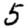
Digit: 5